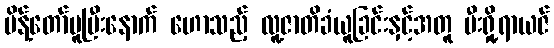
မိန့်တော်မူပြီးနောက် ဟောသည့် လူ့ဇာတိခံယူခြင်းနှင့်အတူ မီးရှို့ရာယဇ်